Indian journal of veterinary science and animal husbandry - Volume 9,
Year: 1939
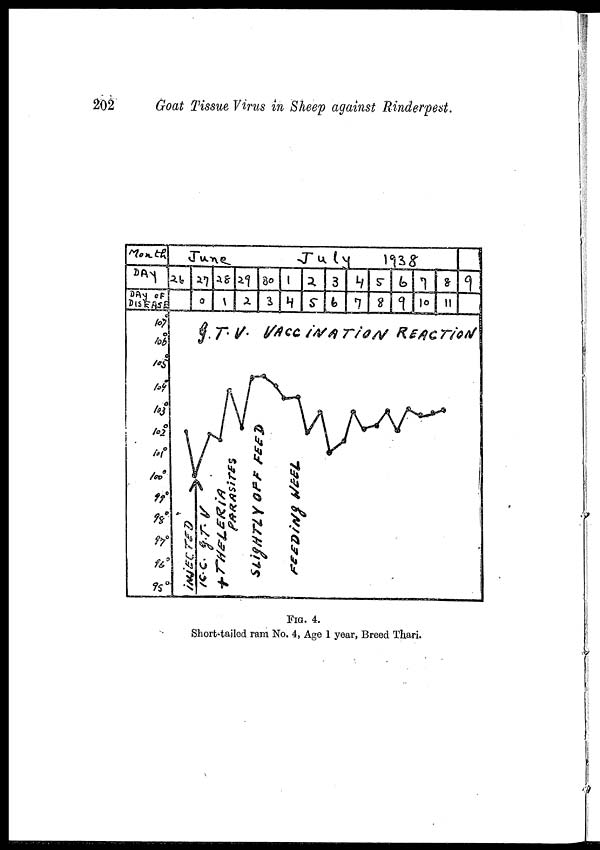
202
Goat Tissue Virus in Sheep against Rinderpest.
FIG. 4.
Short-tailed ram No. 4, Age 1 year, Breed Thari.